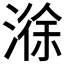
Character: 𣻄